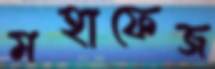
মহাফেজ